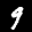
Label: 9